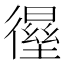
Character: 𰐸